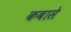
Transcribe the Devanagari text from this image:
कबासे